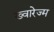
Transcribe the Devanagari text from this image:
ख्वारेज्म